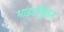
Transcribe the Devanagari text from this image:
भांडलीकुंडल